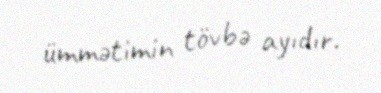
ümmətimin tövbə ayıdır.